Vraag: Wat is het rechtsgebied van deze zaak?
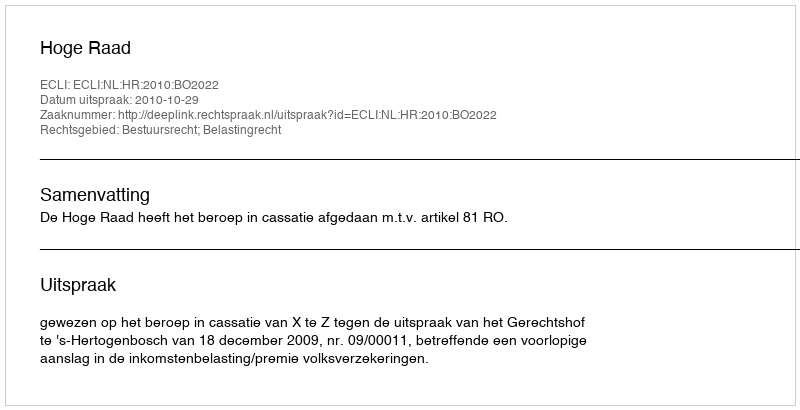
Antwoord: Bestuursrecht; Belastingrecht